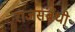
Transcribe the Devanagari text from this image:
राजसंबंधी